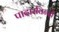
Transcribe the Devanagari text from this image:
पादारविन्दों